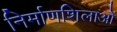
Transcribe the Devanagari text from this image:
निर्माणशिलाओं